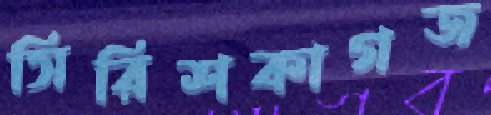
সিরিশকাগজ